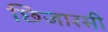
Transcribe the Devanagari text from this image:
छिजारसी